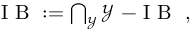
\begin{array} { r } { \mathrm { ~ I ~ B ~ } : = \bigcap _ { \mathcal { Y } } \mathcal { Y } \mathrm { ~ - ~ I ~ B ~ } \; , } \end{array}